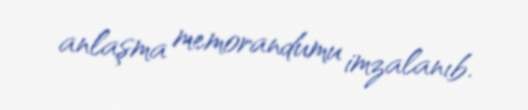
anlaşma memorandumu imzalanıb.